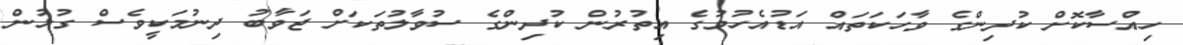
ހިއްސާކޮށް ކުދިންގެެ ވާހަކަތައް އަޑުއެހުމުގެ އިތުރުން ކުދިންގެ ސުވާލުތަކަށް ޖަވާބު ދިނުމަކީވެސް ގުޅުން